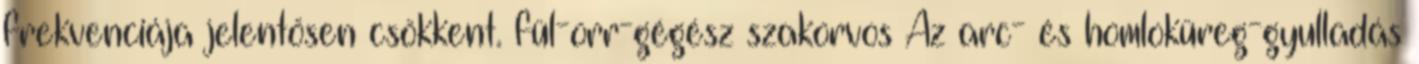
frekvenciája jelentősen csökkent. fül-orr-gégész szakorvos Az arc- és homloküreg-gyulladás